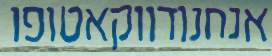
אנחנודווקאטופו